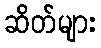
ဆိတ်များ